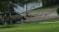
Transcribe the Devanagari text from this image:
ईअर